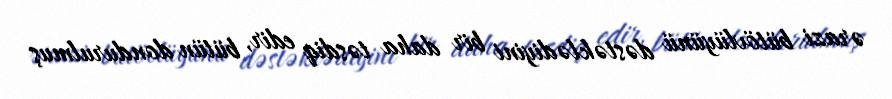
ərazi bütövlüyünü dəstəklədiyini bir daha təsdiq edir, bütün dondurulmuş